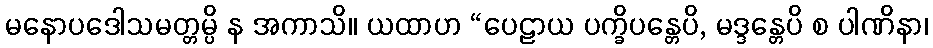
မနောပဒေါသမတ္တမ္ပိ န အကာသိ။ ယထာဟ “ပေဠာယ ပက္ခိပန္တေပိ, မဒ္ဒန္တေပိ စ ပါဏိနာ၊